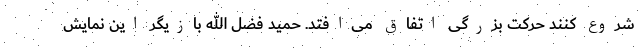
شروع کنند حرکت بزرگی اتفاق می‌افتد. حمید فضل الله بازیگر این نمایش